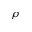
\rho